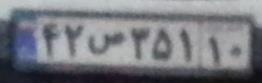
۴۲ص۳۵۱۱۰